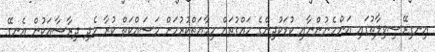
އިނގިރޭސިވިލާތުގައި އަންހެނުންނާއި ކުޑަކުދިންގެ ހައްގުތައް ހިމާޔަތްކުރުމަށް މަސައްކަތް ކުރާ ހެދި ދިރާސާއަކުން އެނގޭ